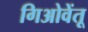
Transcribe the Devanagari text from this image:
गिओवेंतू